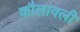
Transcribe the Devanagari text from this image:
कौलावली